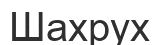
Шахрух